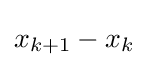
{\textstyle x_{k+1}-x_{k}}